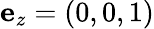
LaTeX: \mathbf{e}_{z}=(0,0,1)